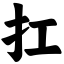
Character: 扛